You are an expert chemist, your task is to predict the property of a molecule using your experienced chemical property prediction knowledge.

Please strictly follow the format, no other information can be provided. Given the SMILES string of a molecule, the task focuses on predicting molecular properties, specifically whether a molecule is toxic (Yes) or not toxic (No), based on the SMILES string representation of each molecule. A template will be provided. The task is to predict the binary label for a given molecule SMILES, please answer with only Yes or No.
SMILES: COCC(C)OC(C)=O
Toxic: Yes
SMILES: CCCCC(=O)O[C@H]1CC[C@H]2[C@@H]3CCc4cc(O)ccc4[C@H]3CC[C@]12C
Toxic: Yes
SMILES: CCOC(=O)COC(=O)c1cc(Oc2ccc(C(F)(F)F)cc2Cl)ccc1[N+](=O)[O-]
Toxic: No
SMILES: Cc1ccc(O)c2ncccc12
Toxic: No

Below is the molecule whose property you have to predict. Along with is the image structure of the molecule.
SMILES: OC1(c2ccccc2)CCNCC1
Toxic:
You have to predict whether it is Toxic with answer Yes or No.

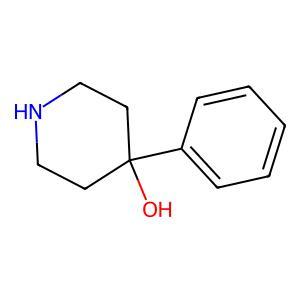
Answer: No